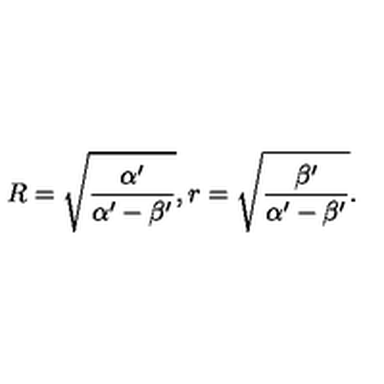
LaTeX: R = \sqrt { \frac { \alpha ^ { \prime } } { \alpha ^ { \prime } - \beta ^ { \prime } } } , r = \sqrt { \frac { \beta ^ { \prime } } { \alpha ^ { \prime } - \beta ^ { \prime } } } .